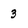
Character: 3